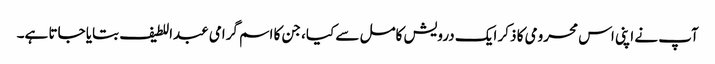
آپ نے اپنی اس محرومی کا ذکر ایک درویش کامل سے کیا، جن کا اسم گرامی عبداللطیف بتایا جاتا ہے۔